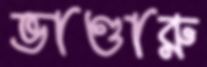
ভাণ্ডারু